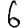
Digit: 6